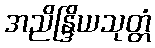
အညိန္ဒြိယသုတ္တံ